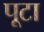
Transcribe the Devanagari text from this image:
पूटा